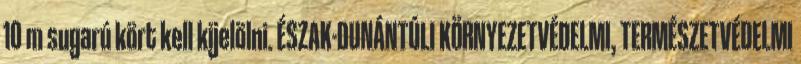
10 m sugarú kört kell kijelölni. ÉSZAK-DUNÁNTÚLI KÖRNYEZETVÉDELMI, TERMÉSZETVÉDELMI